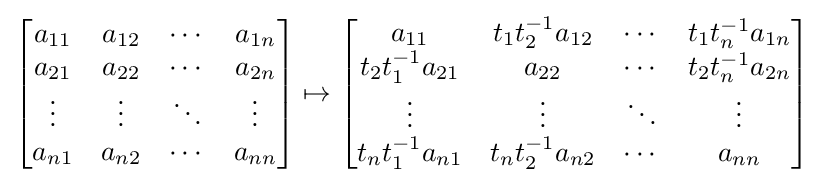
{\begin{bmatrix}a_{11}&a_{12}&\cdots &a_{1n}\\a_{21}&a_{22}&\cdots &a_{2n}\\\vdots &\vdots &\ddots &\vdots \\a_{n1}&a_{n2}&\cdots &a_{nn}\\\end{bmatrix}}\mapsto {\begin{bmatrix}a_{11}&t_{1}t_{2}^{-1}a_{12}&\cdots &t_{1}t_{n}^{-1}a_{1n}\\t_{2}t_{1}^{-1}a_{21}&a_{22}&\cdots &t_{2}t_{n}^{-1}a_{2n}\\\vdots &\vdots &\ddots &\vdots \\t_{n}t_{1}^{-1}a_{n1}&t_{n}t_{2}^{-1}a_{n2}&\cdots &a_{nn}\\\end{bmatrix}}